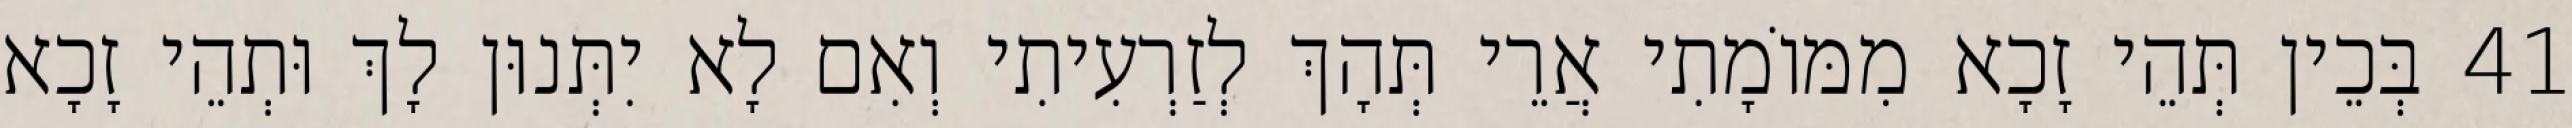
41 בְּכֵין תְּהֵי זָכָא מִמּוֹמָתִי אֲרֵי תְּהָךְ לְזַרְעִיתִי וְאִם לָא יִתְּנוּן לָךְ וּתְהֵי זָכָא